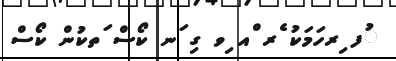
ުފ ިރހަމަކު ެރ ްއ ިވ ގި ަނ ކޯސް ަތކުން ކޯސް